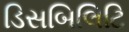
ડિસબિલિટિ